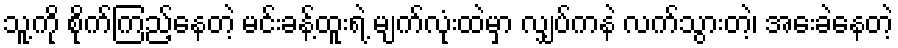
သူ့ကို စိုက်ကြည့်နေတဲ့ မင်းခန့်ထူးရဲ့ မျက်လုံးထဲမှာ လျှပ်ကနဲ လက်သွားတဲ့၊ အေးခဲနေတဲ့